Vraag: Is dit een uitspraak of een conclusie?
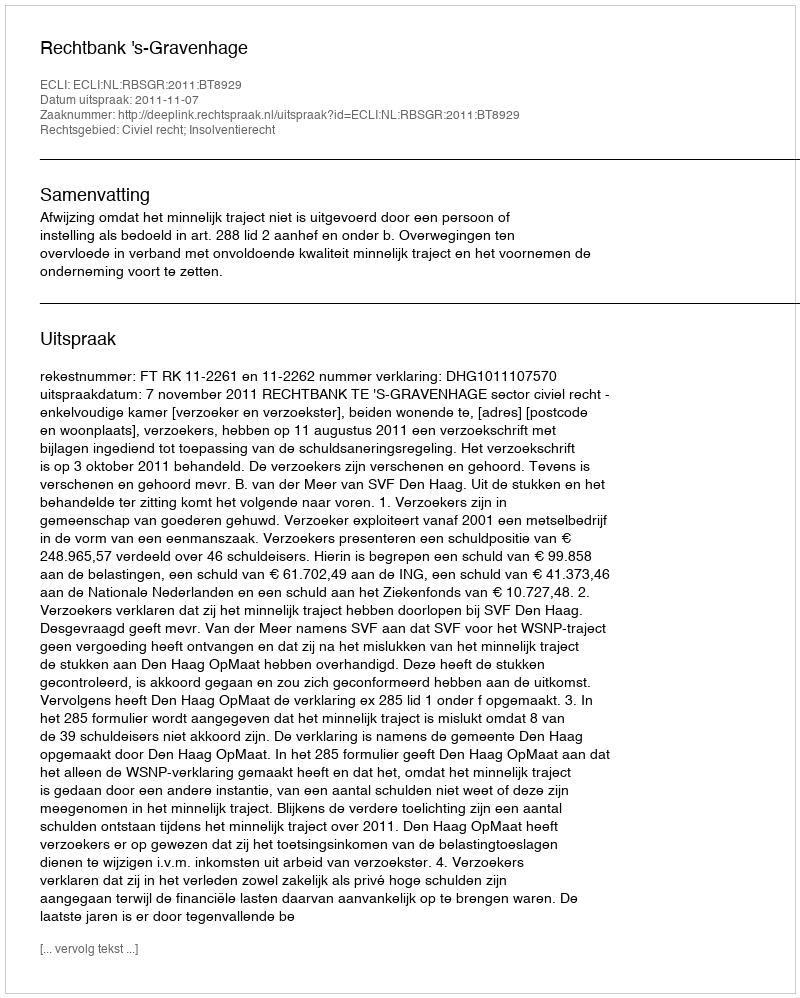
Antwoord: Uitspraak